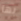
بها